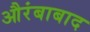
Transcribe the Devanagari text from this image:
औरंबाबाद